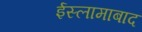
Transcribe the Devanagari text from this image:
ईस्लामाबाद